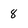
Character: 8